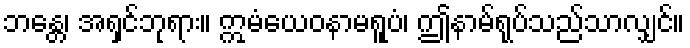
ဘန္တေ၊ အရှင်ဘုရား။ ဣမံယေဝနာမရူပံ၊ ဤနာမ်ရုပ်သည်သာလျှင်။